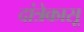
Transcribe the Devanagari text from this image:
दांत्रेकासू